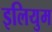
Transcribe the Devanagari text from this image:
इलियुम